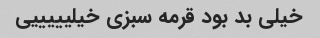
خیلی بد بود قرمه سبزی خیلیییییی